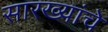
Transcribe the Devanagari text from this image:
सारख्यांचे